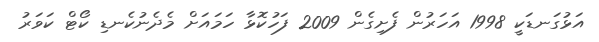
އަޅުގަނޑަކީ 1998 އަހަރުން ފެށިގެން 2009 ފަހުކޮޅާ ހަމައަށް މެދެނުކެނޑި ކޯޓް ކަވަރު